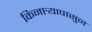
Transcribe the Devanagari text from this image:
किनार्‍यापासुन